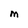
Character: M